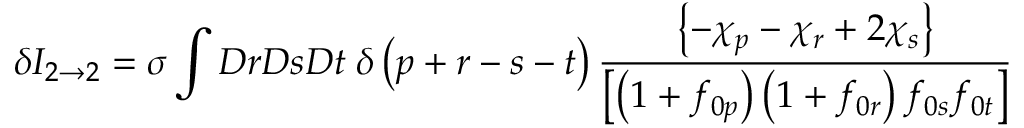
\delta I _ { 2 \rightarrow 2 } = \sigma \int D r D s D t \; \delta \left( p + r - s - t \right) \frac { \left\{ - \chi _ { p } - \chi _ { r } + 2 \chi _ { s } \right\} } { \left[ \left( 1 + f _ { 0 p } \right) \left( 1 + f _ { 0 r } \right) f _ { 0 s } f _ { 0 t } \right] }